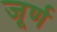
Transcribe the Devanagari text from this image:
जूर्ण